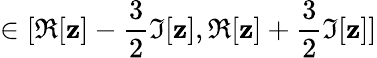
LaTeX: \in[\Re[\mathbf{z}]-\frac{{3}}{{2}}\Im[\mathbf{z}],\Re[\mathbf{z}]+\frac{{3}}{{2}}\Im[\mathbf{z}]]